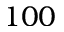
1 0 0